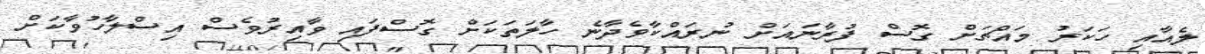
ލެއާއި ހަކަރު މައްޗަށް ގޮސް ފުރާނައަށް ނުރައްކާވެދާނެ ހާލަތަކަށް ގޮސްފައި ވާއިރުވެސް އިސްލާހުވާކަށް